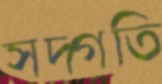
সদ্গতি